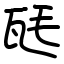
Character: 瓱